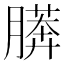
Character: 𰗎